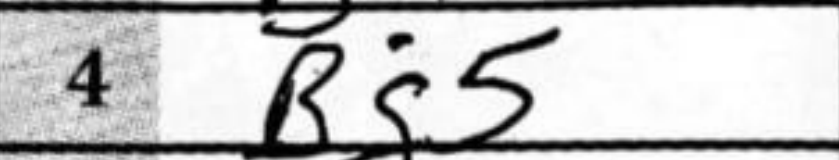
Transcription: Bg5